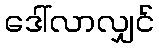
ဒေါ်လာလျှင်